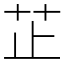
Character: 芷